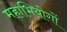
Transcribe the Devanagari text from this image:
महाभियोगों